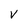
Character: V